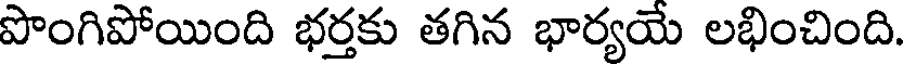
పొంగిపోయింది భర్తకు తగిన భార్యయే లభించింది.